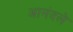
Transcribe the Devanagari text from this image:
आनंदले